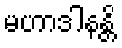
မဟာဒါနန္တိ